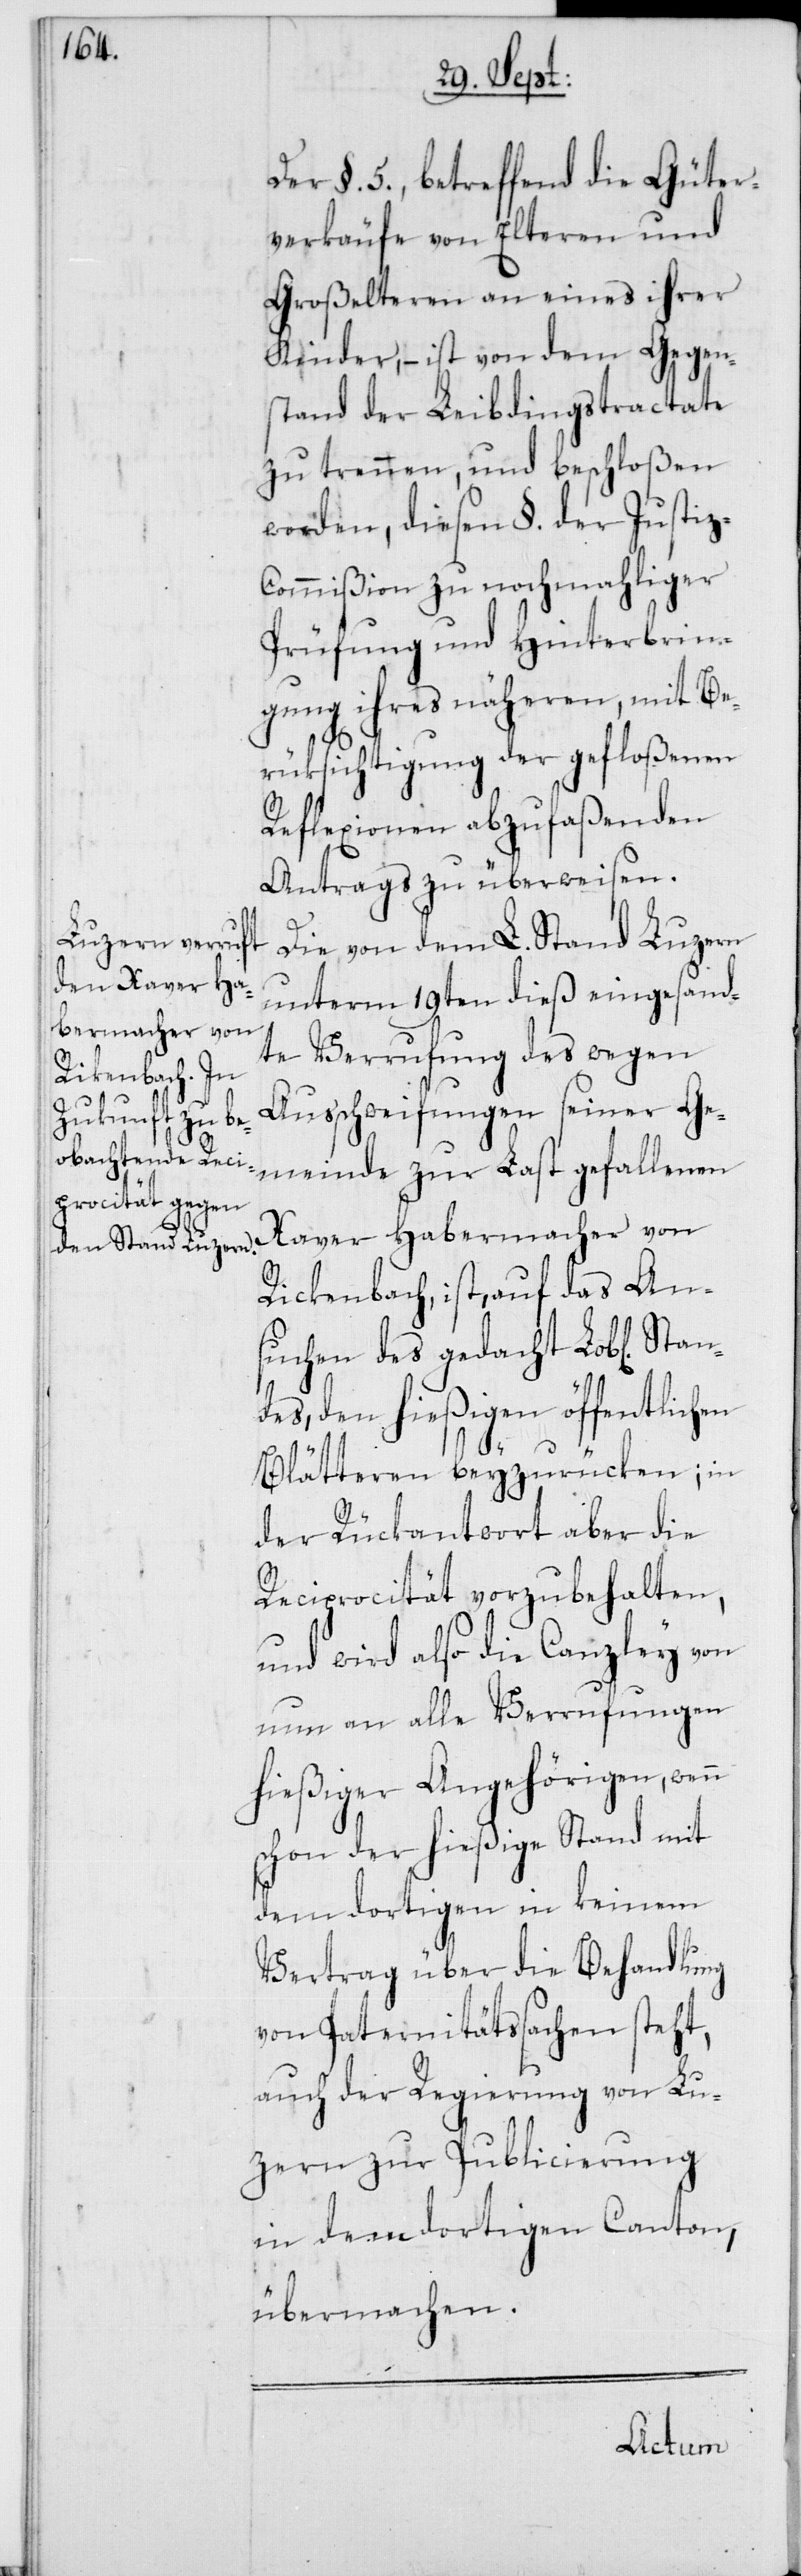
Der § 5., betreffend die Güter¬
verkäufe von Elteren und
Großelteren an eines ihrer
Kinder, – ist von dem Gegen¬
stand der Leibdingstractate
zu trennen, und beschloßen
worden, diesen §. der Justi¬
z-Commißion zu nochmahliger
Prüfung und Hinterbrin¬
gung ihres näheren, mit Be¬
rüksichtigung der gefloßenen
Reflexionen abzufaßenden
Antrags zu überweisen.
Die von dem L. Stand Luzern
unterm 19ten dieß eingesand¬
te Verrufung des wegen
Außchweifungen seiner Ge¬
meinde zur Last gefallenen
Xaver Habermacher von
Rickenbach, ist, auf das An¬
suchen des gedacht Lob[lichen]
des, den hießigen öffentlichen
Blätteren beyzurücken; in
der Rückantwort aber die
Reciprocität vorzubehalten,
und wird also die Canzley von
nun an alle Verrufungen
hießiger Angehörigen, wenn
schon der hießige Stand mit
dem dortigen in keinem
Vertrag über die Behandlung
von Paternitätssachen steht,
auch der Regierung von Lu¬
zern zur Publicierung
in dem dortigen Canton,
übermachen.
Stan¬